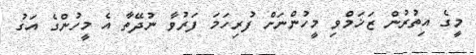
މީގެ އިތުރުން ޒަޚަމްވި މީހުންނަށް ފުރިހަމަ ފަރުވާ ނުދޭތާ އެ މީހުންގެ އަގު